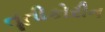
તૂતીકોરીન